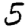
Digit: 5